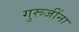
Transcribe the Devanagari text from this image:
गुरूजींना